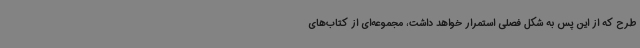
طرح که از این پس به شکل فصلی استمرار خواهد داشت، مجموعه‌ای از کتاب‌های